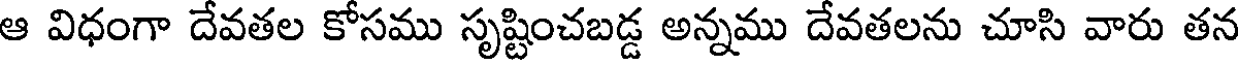
ఆ విధంగా దేవతల కోసము సృష్టించబడ్డ అన్నము దేవతలను చూసి వారు తన